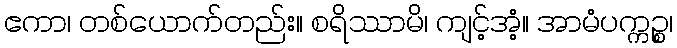
ဧကာ၊ တစ်ယောက်တည်း။ စရိဿာမိ၊ ကျင့်အံ့။ အာမံပက္ကဉ္စ၊